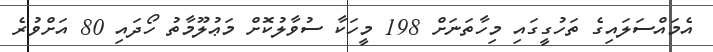
އެމައްސަލައިގެ ތަހުގީގައި މިހާތަނަށް 198 މީހަކާ ސުވާލުކޮށް މަޢުލޫމާތު ހޯދައި 80 އަށްވުރެ